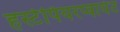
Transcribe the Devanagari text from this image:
हर्स्टपियरप्वायंट